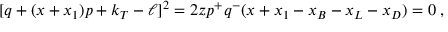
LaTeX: [ q + ( x + x _ { 1 } ) p + k _ { T } - \ell ] ^ { 2 } = 2 z p ^ { + } q ^ { - } ( x + x _ { 1 } - x _ { B } - x _ { L } - x _ { D } ) = 0 \; ,